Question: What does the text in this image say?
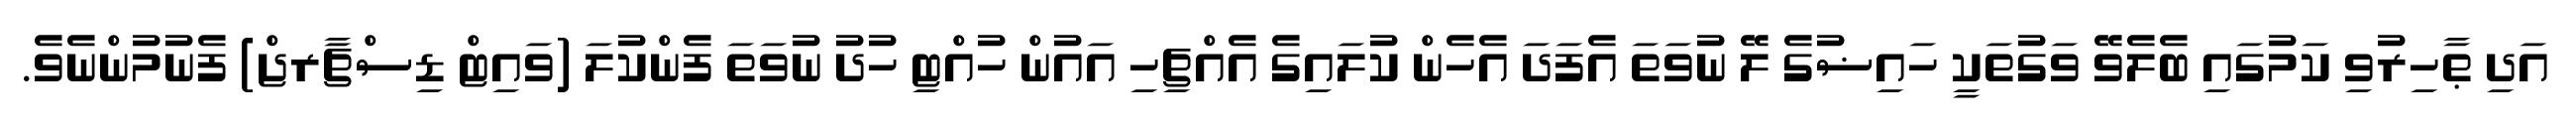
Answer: އަދި ޠާހިރުވި ކަމުގައި ބެލެވޭ ވަގުތަކީ ހައިޟުގެ ލޭ ނުވަތަ އެފަދަ އެހެން ކުލައިގެ އެއްޗިހި އައުން ހުއްޓި ހުދު ނުވަތަ ފެންކުލަ (ވައިޓް ޑިސްޗާރޖް) ފެނުމުންނެވެ.